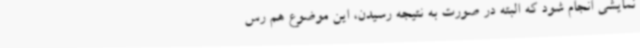
نمایشی انجام شود که البته در صورت به نتیجه رسیدن، این موضوع هم رس